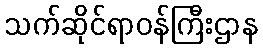
သက်ဆိုင်ရာဝန်ကြီးဌာန